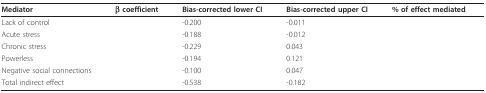
<table><thead><tr><td><b>Mediator</b></td><td><b>β coefficient</b></td><td><b>Bias-corrected lower CI</b></td><td><b>Bias-corrected upper CI</b></td><td><b>% of effect mediated</b></td></tr></thead><tbody><tr><td>Lack of control</td><td>[EMPTY_CELL]</td><td>-0.200</td><td>-0.011</td><td>[EMPTY_CELL]</td></tr><tr><td>Acute stress</td><td>[EMPTY_CELL]</td><td>-0.188</td><td>-0.012</td><td>[EMPTY_CELL]</td></tr><tr><td>Chronic stress</td><td>[EMPTY_CELL]</td><td>-0.229</td><td>0.043</td><td>[EMPTY_CELL]</td></tr><tr><td>Powerless</td><td>[EMPTY_CELL]</td><td>-0.194</td><td>0.121</td><td>[EMPTY_CELL]</td></tr><tr><td>Negative social connections</td><td>[EMPTY_CELL]</td><td>-0.100</td><td>0.047</td><td>[EMPTY_CELL]</td></tr><tr><td>Total indirect effect</td><td>[EMPTY_CELL]</td><td>-0.538</td><td>-0.182</td><td>[EMPTY_CELL]</td></tr></tbody></table>